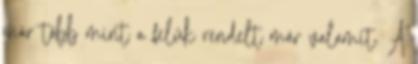
már több mint a felük rendelt már valamit. A